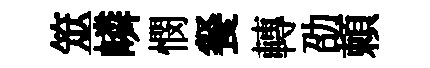
筮嶙憫餐轉劭頼